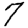
Digit: 7